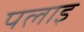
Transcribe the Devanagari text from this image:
पलाइ